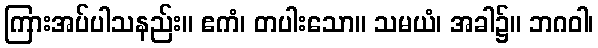
ကြားအပ်ပါသနည်း။ ဧကံ၊ တပါးသော။ သမယံ၊ အခါ၌။ ဘဂဝါ၊